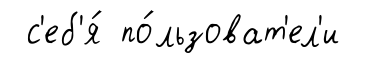
с'еб'я́ по́льзоват'ел'и